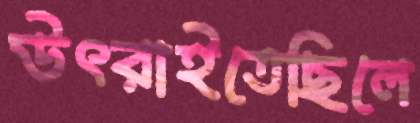
উৎরাইতেছিলে